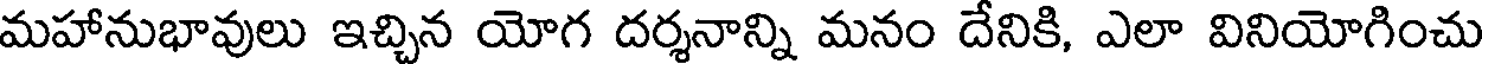
మహానుభావులు ఇచ్చిన యోగ దర్శనాన్ని మనం దేనికి, ఎలా వినియోగించు